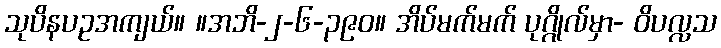
သုပိနပဥအကျယ်။ ။အဘိ-၂-၆-၃၉၀။ အိပ်မက်မက် ပုဂ္ဂိုလ်မှာ- ဝိပလ္လသ